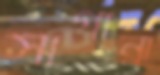
সাগান্না